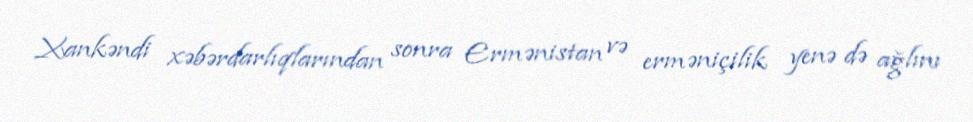
Xankəndi xəbərdarlıqlarından sonra Ermənistan və erməniçilik yenə də ağlını